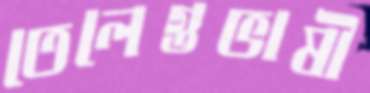
তেলেগুভাষী